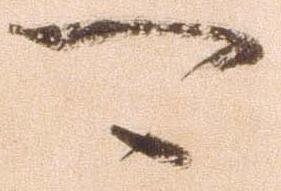
可